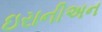
ઇરાનીઅન